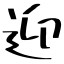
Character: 迎